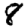
Digit: 8